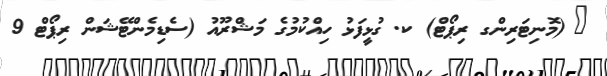
_ (މޮނިޓަރިންގ ރިޕޯޓް) ކ. ގުޅީފަޅު ހިއްކުމުގެ މަޝްރޫއު (ސެޑިމެންޓޭޝަން ރިޕޯޓް 9